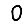
Digit: 0